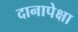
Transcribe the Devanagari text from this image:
दानापेक्षा